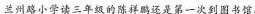
兰州路小学读三年级的陈祥鹏还是第一次到图书馆。